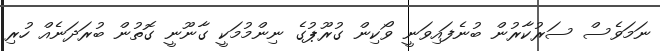
ނަމަވެސް ސަރުކާރުން ބުނެފައިވަނީ ވޯކިން ގުރޫޕުގެ ނިންމުމަކީ ގާނޫނީ ގޮތުން ބުރަދަނެއް ހުރި